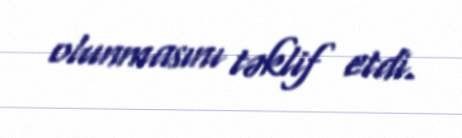
olunmasını təklif etdi.